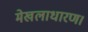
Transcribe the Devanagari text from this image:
मेखलाधारण।